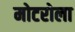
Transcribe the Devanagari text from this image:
मोटरोला